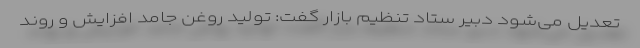
تعدیل می‌شود دبیر ستاد تنظیم بازار گفت: تولید روغن جامد افزایش و روند